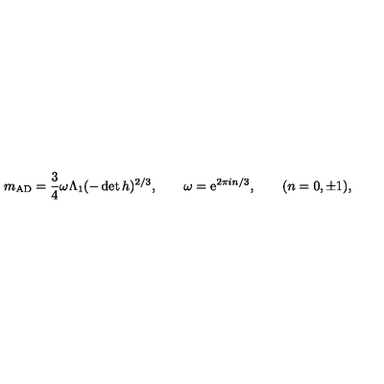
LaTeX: m _ { \mathrm { A D } } = \frac 3 4 \omega \Lambda _ { 1 } ( - \det h ) ^ { 2 / 3 } , \qquad \omega = \mathrm { e } ^ { 2 \pi i n / 3 } , \qquad ( n = 0 , \pm 1 ) ,